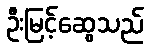
ဦးမြင့်ဆွေသည်